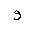
Letter: _waw